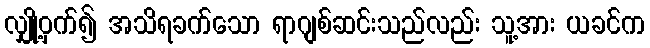
လျှို့ဝှက်၍ အသိရခက်သော ရာဂျစ်ဆင်းသည်လည်း သူ့အား ယခင်က